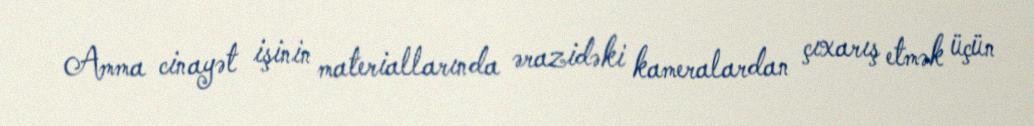
Amma cinayət işinin materiallarında ərazidəki kameralardan çıxarış etmək üçün